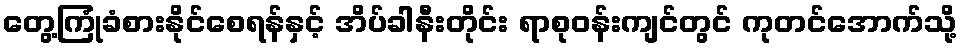
တွေ့ကြုံခံစားနိုင်စေရန်နှင့် အိပ်ခါနီးတိုင်း ရာစုဝန်းကျင်တွင် ကုတင်အောက်သို့